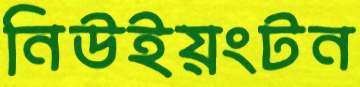
নিউইয়ংটন